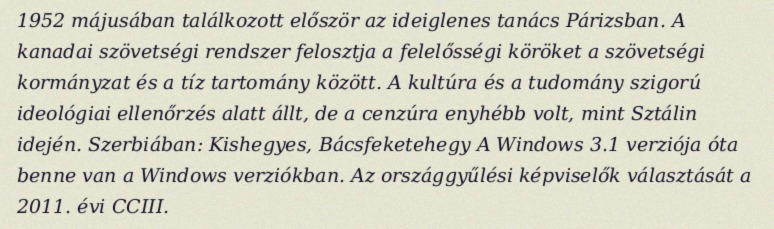
1952 májusában találkozott először az ideiglenes tanács Párizsban. A kanadai szövetségi rendszer felosztja a felelősségi köröket a szövetségi kormányzat és a tíz tartomány között. A kultúra és a tudomány szigorú ideológiai ellenőrzés alatt állt, de a cenzúra enyhébb volt, mint Sztálin idején. Szerbiában: Kishegyes, Bácsfeketehegy A Windows 3.1 verziója óta benne van a Windows verziókban. Az országgyűlési képviselők választását a 2011. évi CCIII.